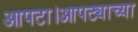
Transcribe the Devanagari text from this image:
आपटा।आपट्याच्या